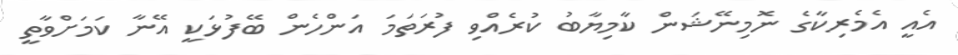
އެއީ އެމެރިކާގެ ނޮމިނޭޝަން ކާމިޔާބު ކުރެއްވި ފުރަތަމަ އަންހެން ބޭފުޅަކީ އޭނާ ކަމަށްވާތީ